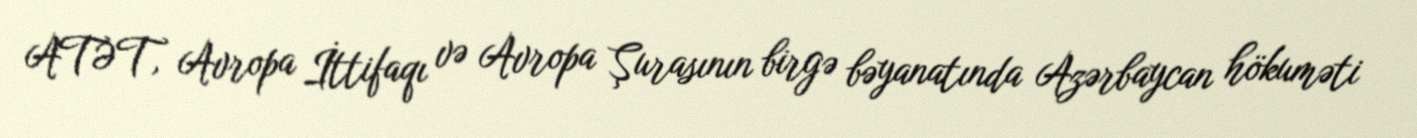
ATƏT, Avropa İttifaqı və Avropa Şurasının birgə bəyanatında Azərbaycan hökuməti